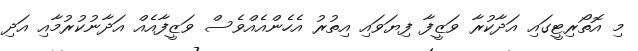
މި އޮތޯރިޓީގައި އަދާކުރާ ވަޒީފާ ފިޔަވައި އިތުރު އެހެންއެއްވެސް ވަޒީފާއެއް އަދާނުކުރުމާއި އަދި